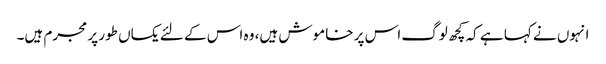
انہوں نے کہا ہے کہ کچھ لوگ اس پر خاموش ہیں، وہ اس کے لئے یکساں طور پر مجرم ہیں۔